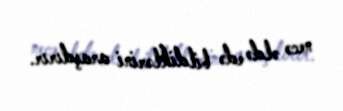
necə əldə edə bildiklərini araşdırır.